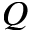
Q